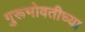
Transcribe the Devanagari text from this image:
गुरूभोवतीच्या